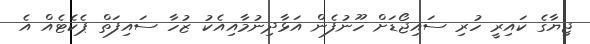
ޖިޔާގެ ކައިރީ ހުރި ސައިޖޯޑަށް ހޫނުފެން އަޅާދިނުމާއިއެކު ޒުހާ ސައިފަތް ޕެކެޓެއް އެ